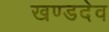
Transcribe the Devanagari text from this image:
खण्डदेव